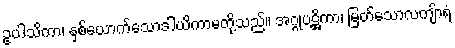
ဥပါသိကာ၊ နှစ်ယောက်သောဒါယိကာမတို့သည်။ အဂ္ဂုပဋ္ဌိကာ၊ မြတ်သောလကျ်ာရံ